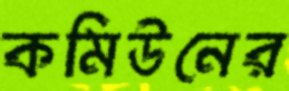
কমিউনের